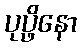
ပုပ္ဖိနော